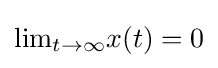
{\mbox{lim}}_{t\rightarrow \infty }x(t)=0